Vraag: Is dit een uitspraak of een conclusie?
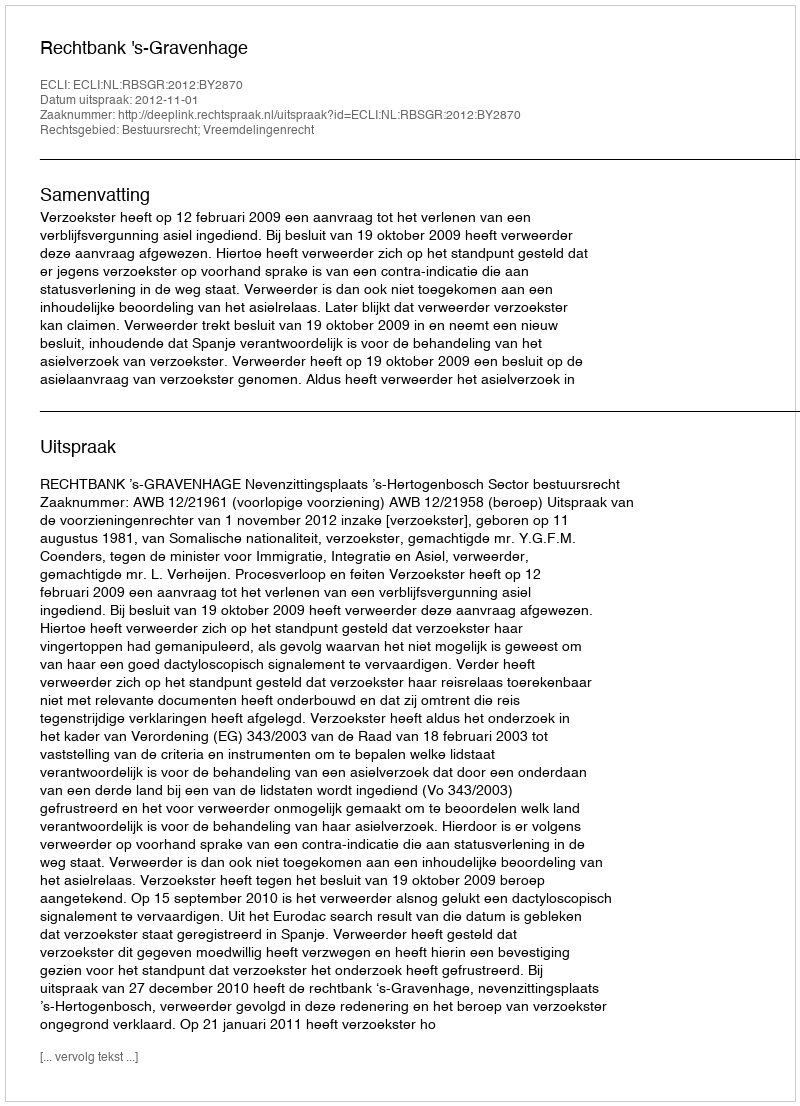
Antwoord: Uitspraak